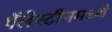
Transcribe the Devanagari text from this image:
पॅलेस्टीनमध्ये